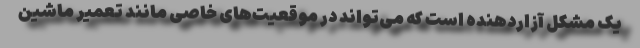
یک مشکل آزاردهنده است که می‌تواند در موقعیت‌های خاصی مانند تعمیر ماشین